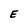
Character: E